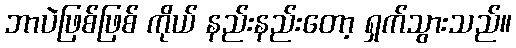
ဘာပဲဖြစ်ဖြစ် ကိုယ် နည်းနည်းတော့ ရှက်သွားသည်။